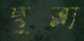
ছুব্‌লা